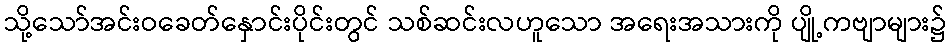
သို့သော်အင်းဝခေတ်နှောင်းပိုင်းတွင် သစ်ဆင်းလဟူသော အရေးအသားကို ပျို့ကဗျာများ၌